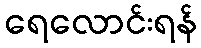
ရေလောင်းရန်